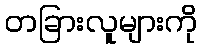
တခြားလူများကို